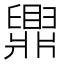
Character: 𬛿